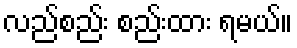
လည်စည်း စည်းထား ရမယ်။